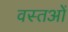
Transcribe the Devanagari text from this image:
वस्तओं